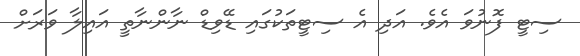
ސިޓީ ފޮނުވަ އެވެ. އަދި އެ ސިޓީތަކުގައި ޑޭވިޑް ނާންނާތީ އައިލާ ވަރަށް